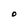
Character: O